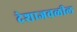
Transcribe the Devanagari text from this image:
देशाजवळील